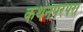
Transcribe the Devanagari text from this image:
कथनपरंपरा